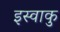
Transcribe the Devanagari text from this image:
इस्वाकु